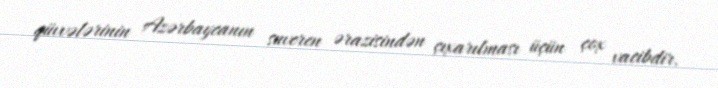
qüvvələrinin Azərbaycanın suveren ərazisindən çıxarılması üçün çox vacibdir.